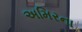
અમિરના